Civil Veterinary Department. United Provinces 1932-42 - 1932-1942
Year: 1932
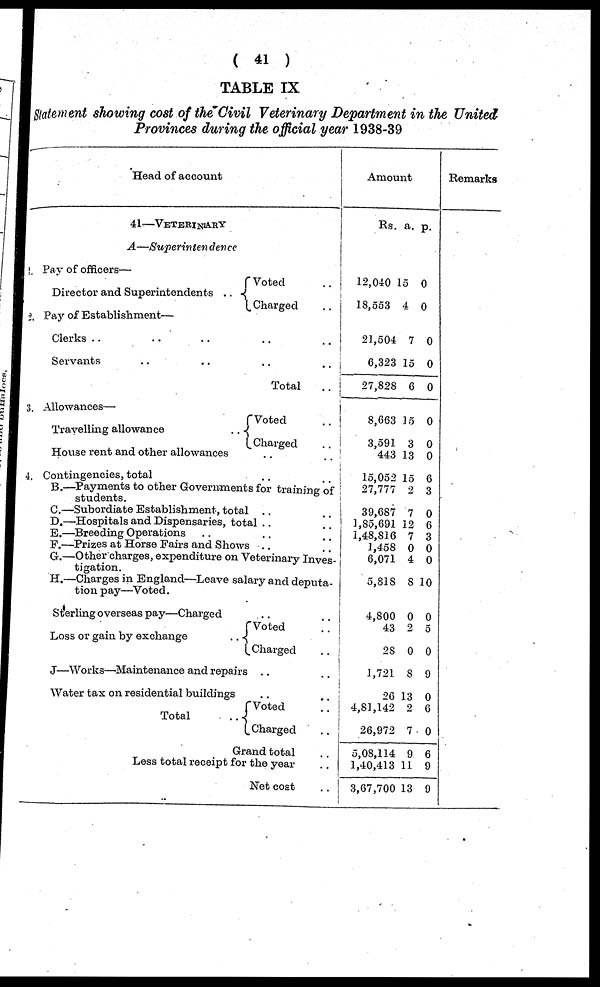
( 41 )
TABLE IX
Statement showing cost of the Civil Veterinary Department in the United
Provinces during the official year 1938-39
Head of account
41—VETERINARY
A—Superintendence
1. Pay of officers—
Director and Superintendents ..
Voted
..
Charged
..
2. Pay of Establishment—
Clerks ..
..
..
..
..
Servants
..
..
.. ..
Total
..
3. Allowances—
Travelling allowance
..
Voted
..
Charged
..
House rent and other allowances .. ..
4. Contingencies, total
B.—Payments to other Governments for training of
students.
C.—Subordiate Establishment, total ..
D.—Hospitals and Dispensaries, total ..
E.—Breeding Operations
..
..
F.—Prizes at Horse Fairs and Shows ..
G.—Other charges, expenditure on Veterinary Inves-
tigation.
H.—Charges in England—Leave salary and deputa-
tion pay—Voted.
Sterling overseas pay—Charged
..
Loss or gain by exchange
.. Voted ..
Charged ..
J—Works—Maintenance and repairs .. ...
Water tax on residential buildings .. ..
Total
..
Voted ..
Charged ..
Grand total ..
Less total receipt for the year ..
Net cost ..
Amount
Rs.
12,040
18,553
21,504
6,323
27,828
8,663
3,591
443
15,052
27,777
39,687
1,85,691
1,48,816
1,458
6,071
5,818
4,800
43
28
1,721
26
4,81,142
26,972
5,08,114
1,40,413
3,67,700
a.
15
4
7
15
6
15
3
13
15
2
7
12
7
0
4
8
0
2
0
8
13
2
7
9
11
13
p.
0
0
0
0
0
0
0
0
6
3
0
6
3
0
0
10
0
5
0
9
0
6
0
6
9
9
Remarks